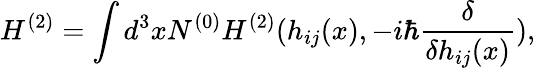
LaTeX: H^{(2)}=\int d^{3}xN^{(0)}H^{(2)}(h_{ij}(x),-i\hbar\frac{\delta}{\delta h_{ij}(x)}),